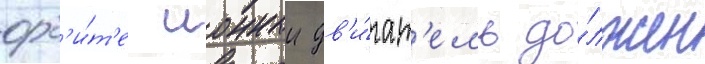
орб'и́т'е ионныи дв'и́гат'ель до́лжен